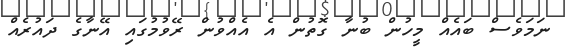
ނަމަވެސް ބައެއް މީހުން ބުނާ ގޮތުން އެ އެއްވުން ރޭވުމުގައި އޭނާގެ ދައުރެއް